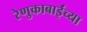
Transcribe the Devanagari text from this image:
रेणुकाबाईंच्या